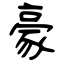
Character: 豪